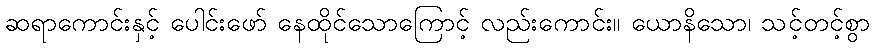
ဆရာကောင်းနှင့် ပေါင်းဖော် နေထိုင်သောကြောင့် လည်းကောင်း။ ယောနိသော၊ သင့်တင့်စွာ